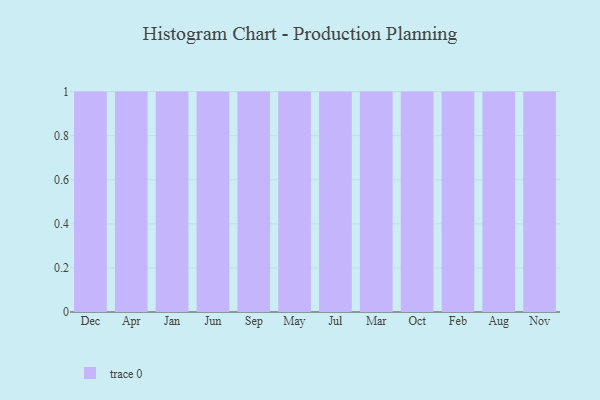
{"axis": {"x": "Month", "y": "Satisfaction Score"}, "legend": [""], "data": [{"x": "Dec", "y": 38, "type": ""}, {"x": "Apr", "y": 73, "type": ""}, {"x": "Jan", "y": 83, "type": ""}, {"x": "Jun", "y": 75, "type": ""}, {"x": "Sep", "y": 77, "type": ""}, {"x": "May", "y": 79, "type": ""}, {"x": "Jul", "y": 50, "type": ""}, {"x": "Mar", "y": 58, "type": ""}, {"x": "Oct", "y": 33, "type": ""}, {"x": "Feb", "y": 35, "type": ""}, {"x": "Aug", "y": 91, "type": ""}, {"x": "Nov", "y": 60, "type": ""}]}